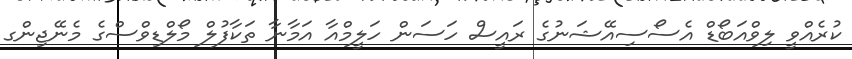
ކުރެއްވީ ލިވްއަބޯޑް އެސޯސިއޭޝަނުގެ ރައީސް ހަސަން ހަލީމްއާ އަމާނާ ތަކާފުލް މޯލްޑިވްސްގެ މެނޭޖިންގ